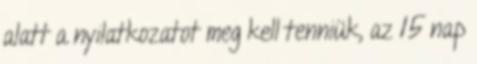
alatt a nyilatkozatot meg kell tenniük, az 15 nap